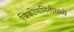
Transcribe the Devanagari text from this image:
त्रिकोणमितीमध्ये